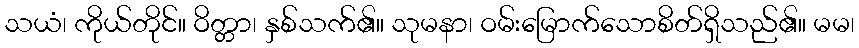
သယံ၊ ကိုယ်တိုင်။ ဝိတ္တာ၊ နှစ်သက်၏။ သုမနာ၊ ဝမ်းမြောက်သောစိတ်ရှိသည်၏။ မမ၊